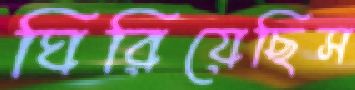
ঘিরিয়েছিস